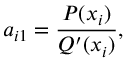
a _ { i 1 } = { \frac { P ( x _ { i } ) } { Q ^ { \prime } ( x _ { i } ) } } ,